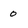
Character: o